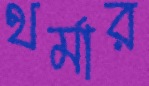
থর্মার